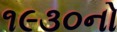
૧૯૩૦નો